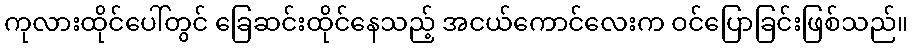
ကုလားထိုင်ပေါ်တွင် ခြေဆင်းထိုင်နေသည့် အငယ်ကောင်လေးက ဝင်ပြောခြင်းဖြစ်သည်။